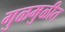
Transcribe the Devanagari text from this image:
गुळमुळीत